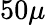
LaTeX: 50\mu